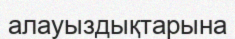
алауыздықтарына